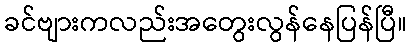
ခင်ဗျားကလည်းအတွေးလွန်နေပြန်ပြီ။